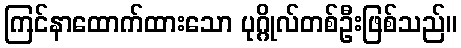
ကြင်နာထောက်ထားသော ပုဂ္ဂိုလ်တစ်ဦးဖြစ်သည်။